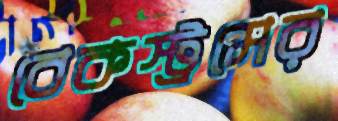
বেকস্ট্রমের